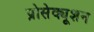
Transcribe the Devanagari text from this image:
प्रोसेक्यूशन